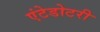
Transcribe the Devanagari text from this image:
एंटेडोटरी